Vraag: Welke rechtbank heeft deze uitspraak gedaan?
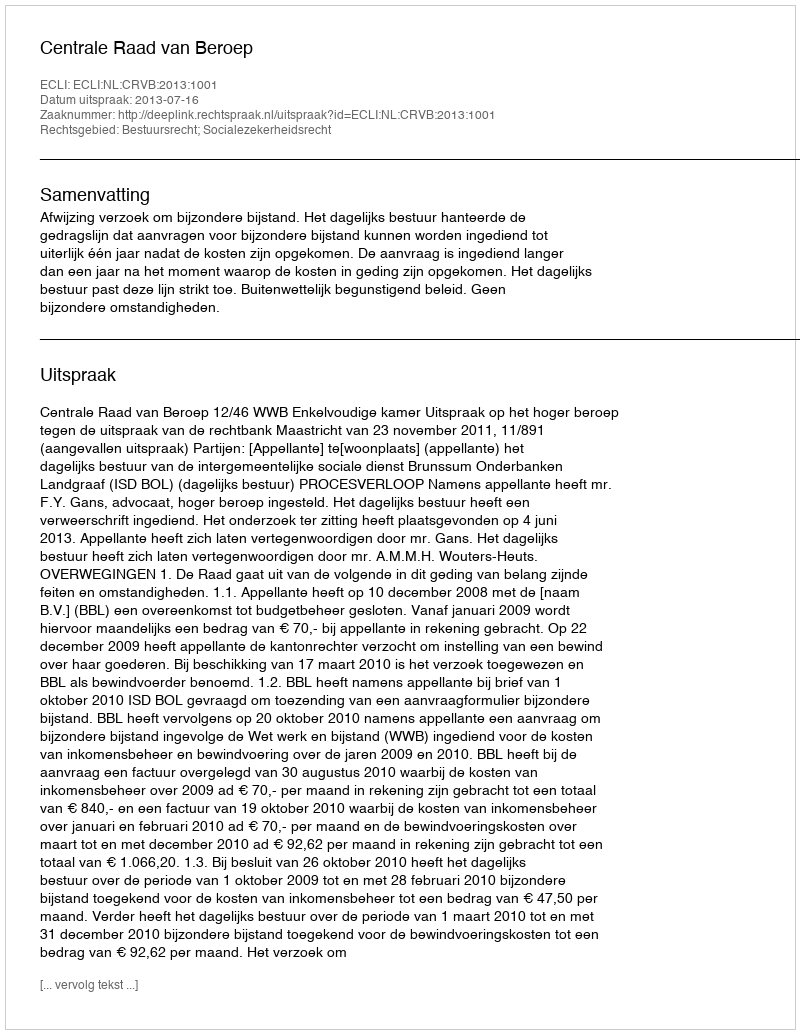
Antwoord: Centrale Raad van Beroep